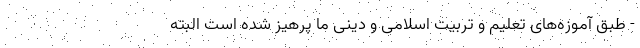
- طبق آموزه‌های تعلیم و تربیت اسلامی و دینی ما پرهیز شده است البته